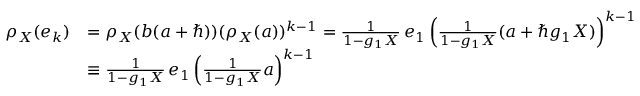
\begin{array} { r l } { \rho _ { X } ( e _ { k } ) } & { = \rho _ { X } ( b ( a + \hbar ) ) ( \rho _ { X } ( a ) ) ^ { k - 1 } = \frac { 1 } { 1 - g _ { 1 } X } \, e _ { 1 } \left( \frac { 1 } { 1 - g _ { 1 } X } ( a + \hbar g _ { 1 } X ) \right) ^ { k - 1 } } \\ & { \equiv \frac { 1 } { 1 - g _ { 1 } X } \, e _ { 1 } \left( \frac { 1 } { 1 - g _ { 1 } X } a \right) ^ { k - 1 } } \end{array}